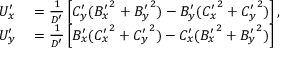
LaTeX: \begin{array} { r l } { U _ { x } ^ { \prime } } & { { } = { \frac { 1 } { D ^ { \prime } } } \left[ C _ { y } ^ { \prime } ( { B _ { x } ^ { \prime } } ^ { 2 } + { B _ { y } ^ { \prime } } ^ { 2 } ) - B _ { y } ^ { \prime } ( { C _ { x } ^ { \prime } } ^ { 2 } + { C _ { y } ^ { \prime } } ^ { 2 } ) \right] , } \\ { U _ { y } ^ { \prime } } & { { } = { \frac { 1 } { D ^ { \prime } } } \left[ B _ { x } ^ { \prime } ( { C _ { x } ^ { \prime } } ^ { 2 } + { C _ { y } ^ { \prime } } ^ { 2 } ) - C _ { x } ^ { \prime } ( { B _ { x } ^ { \prime } } ^ { 2 } + { B _ { y } ^ { \prime } } ^ { 2 } ) \right] } \end{array}